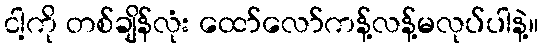
ငါ့ကို တစ်ချိန်လုံး ထော်လော်ကန့်လန့်မလုပ်ပါနဲ့။